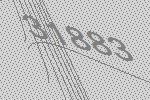
31883